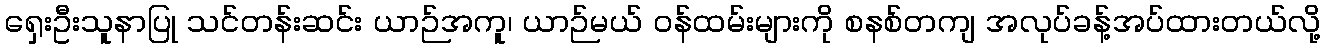
ရှေးဦးသူနာပြု သင်တန်းဆင်း ယာဉ်အကူ၊ ယာဉ်မယ် ဝန်ထမ်းများကို စနစ်တကျ အလုပ်ခန့်အပ်ထားတယ်လို့